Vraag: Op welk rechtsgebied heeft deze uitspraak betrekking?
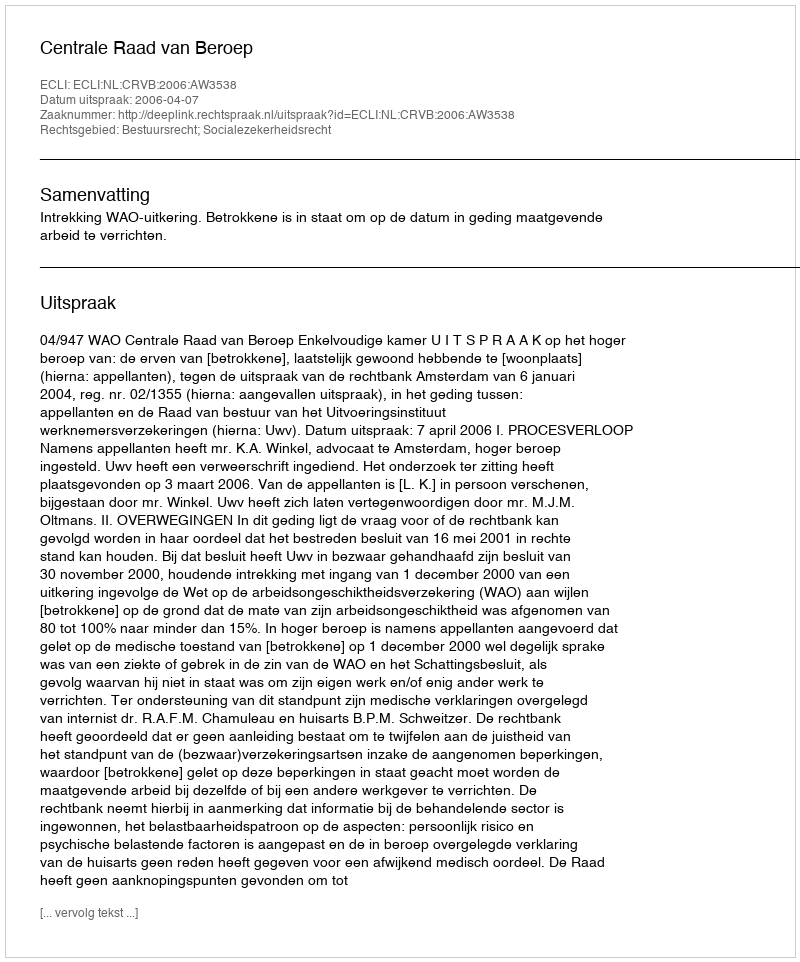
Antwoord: Bestuursrecht; Socialezekerheidsrecht